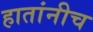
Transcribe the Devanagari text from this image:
हातांनीच